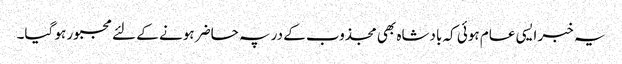
یہ خبر ایسی عام ہوئی کہ بادشاہ بھی مجذوب کے در پہ حاضر ہونے کے لئے مجبور ہو گیا۔